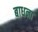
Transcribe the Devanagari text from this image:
बाधना